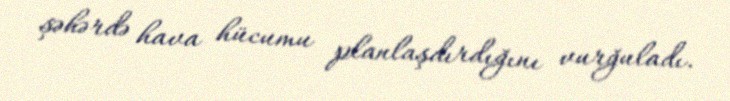
şəhərdə hava hücumu planlaşdırdığını vurğuladı.